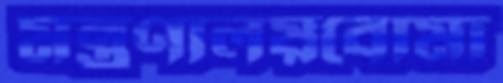
মন্ত্রণালয়বোমা